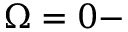
\Omega = 0 -